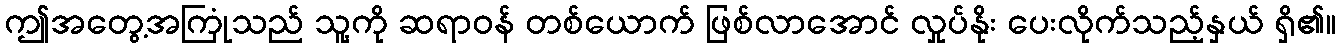
ဤအတွေ့အကြုံသည် သူ့ကို ဆရာဝန် တစ်ယောက် ဖြစ်လာအောင် လှုပ်နိုး ပေးလိုက်သည့်နှယ် ရှိ၏။